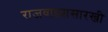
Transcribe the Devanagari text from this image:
राजवाड्यासारखी